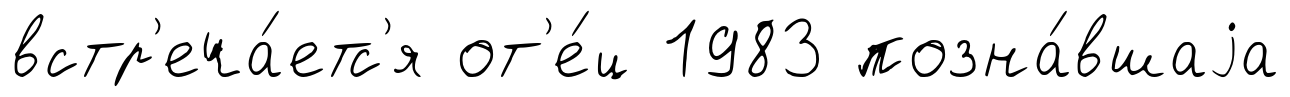
встр'еча́етс'я от'е́ц 1983 позна́вшаjа